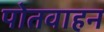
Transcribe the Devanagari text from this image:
पोतवाहन